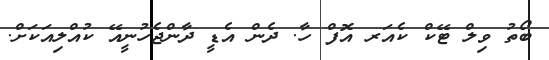
ބޯތު ވިލް ޓޭކް ކެއަރ އޮފް ހާ. ދެން އެޑީ ދާންޖެހުނީއޭ ކުއްލިއަކަށް.